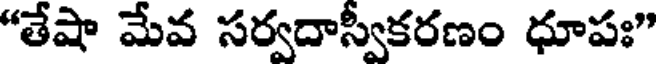
"తేషా మేవ సర్వదాస్వీకరణం ధూపః"